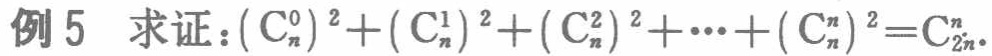
例5 求证：\((C_{n}^{0})^2+(C_{n}^{1})^2+(C_{n}^{2})^2+\cdots+(C_{n}^{n})^2 = C_{2n}^{n}\)